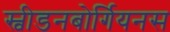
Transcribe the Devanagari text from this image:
स्वीडनबोर्गियनस